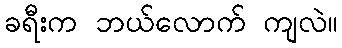
ခရီးက ဘယ်လောက် ကျလဲ။